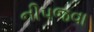
નીપજવા